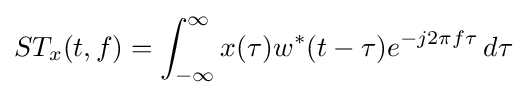
ST_{x}(t,f)=\int _{-\infty }^{\infty }x(\tau )w^{*}(t-\tau )e^{-j2\pi f\tau }\,d\tau